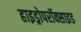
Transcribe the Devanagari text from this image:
हाइड्रोपरॉक्साइड